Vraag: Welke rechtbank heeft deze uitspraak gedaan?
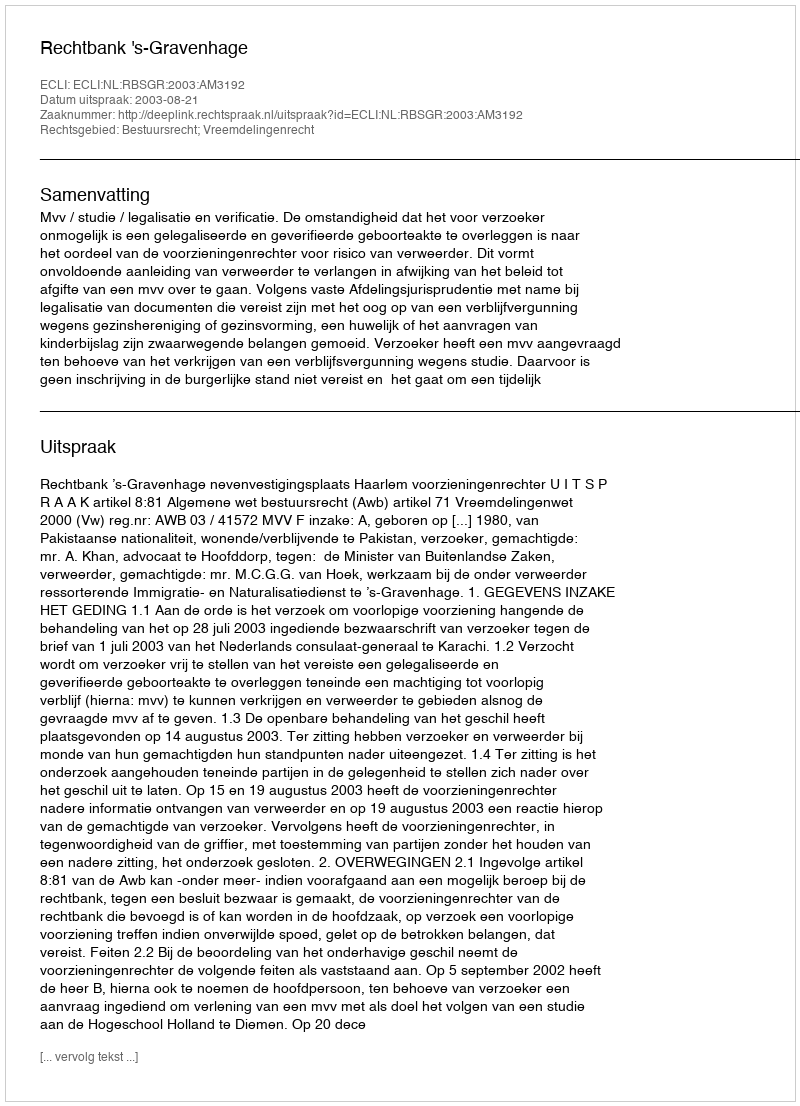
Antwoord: Rechtbank 's-Gravenhage